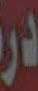
درة